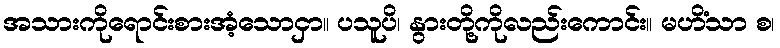
အသားကိုရောင်းစားအံ့သောငှာ။ ပသူပိ၊ နွားတို့ကိုလည်းကောင်း။ မဟိံသာ စ၊